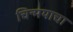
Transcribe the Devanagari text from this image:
चिन्मयाचा